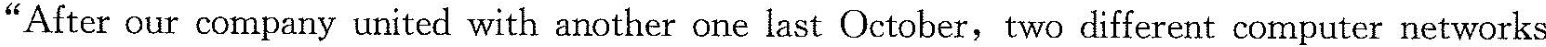
"After our company united with another one last October, two different computer networks